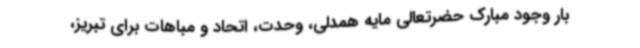
بار وجود مبارک حضرتعالی مایه همدلی، وحدت، اتحاد و مباهات برای تبریز،